画像に写った文字を読んでください
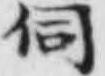
「伺」と書いてあります